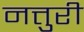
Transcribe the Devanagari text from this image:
नत्तुरी